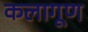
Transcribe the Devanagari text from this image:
कलागूण